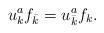
LaTeX: \begin{align*}u_{k}^{a}f_{\bar{k}}=u_{\bar{k}}^{a}f_{k}. \end{align*}